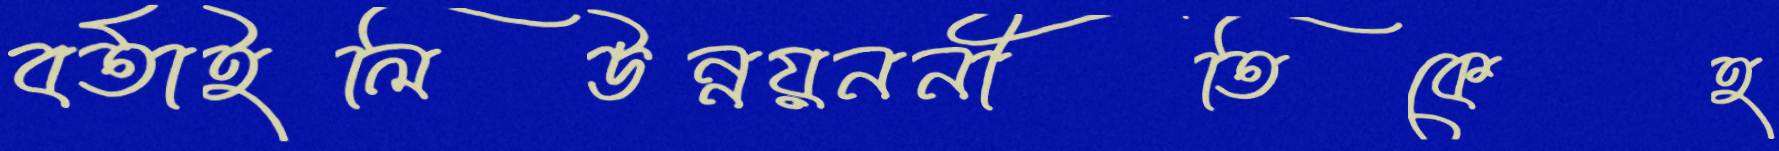
বর্তাইলিউন্নয়ননীতিকেহ